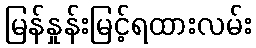
မြန်နှုန်းမြင့်ရထားလမ်း